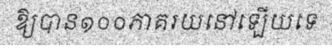
ឱ្យបាន១០០ភាគរយនៅឡើយទេ